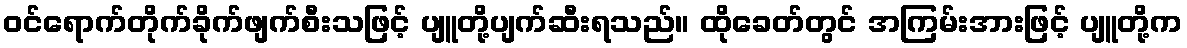
ဝင်ရောက်တိုက်ခိုက်ဖျက်စီးသဖြင့် ပျူတို့ပျက်ဆီးရသည်။ ထိုခေတ်တွင် အကြမ်းအားဖြင့် ပျူတို့က